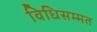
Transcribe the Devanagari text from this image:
विधिसम्‍मत